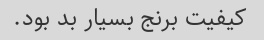
کیفیت برنج بسیار بد بود.